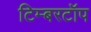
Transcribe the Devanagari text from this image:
टिम्बरटॉप